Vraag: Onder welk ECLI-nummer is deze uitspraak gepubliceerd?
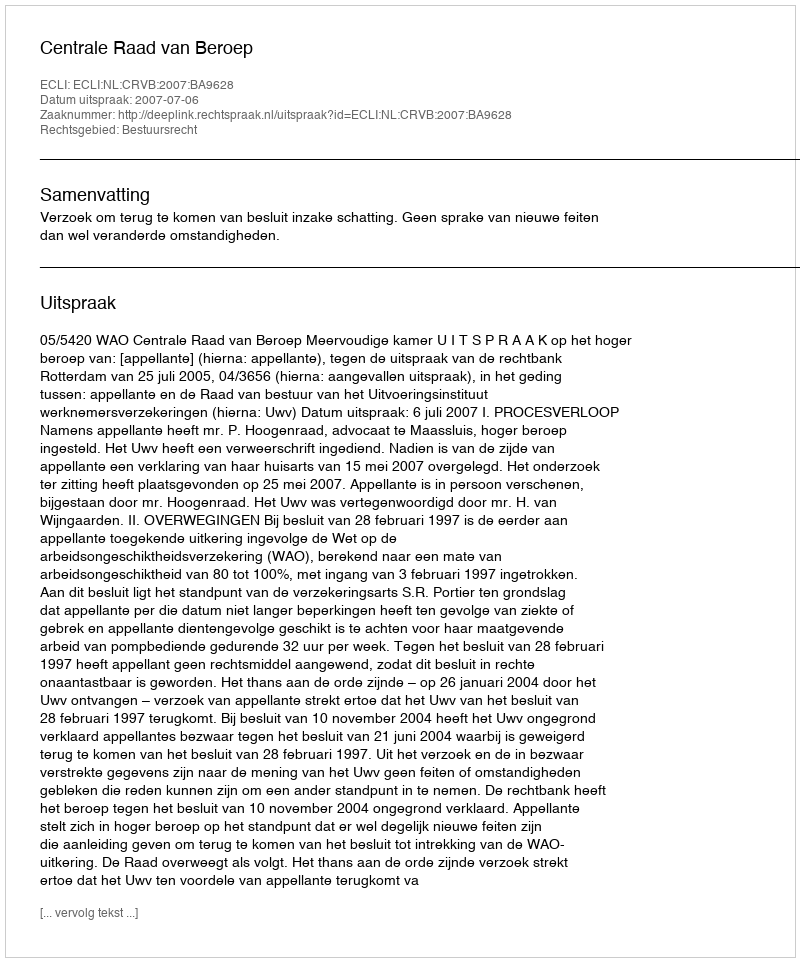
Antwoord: ECLI:NL:CRVB:2007:BA9628